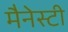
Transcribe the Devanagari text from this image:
मैनेस्टी